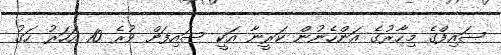
ސައިފްގެ މިހާރުގެ އަންހެނުން ކަރީނާ އަކީ ސައިފަށް ވުރެ 10 އަހަރު ހަގު